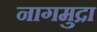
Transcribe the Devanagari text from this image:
नागमुद्रा